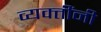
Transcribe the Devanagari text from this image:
व्‍यक्‍तींनी